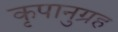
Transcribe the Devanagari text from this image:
कृपानुग्रह